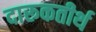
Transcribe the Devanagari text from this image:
दारूकतीर्थ